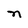
Character: n